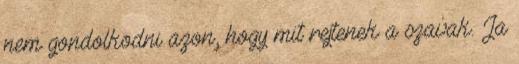
nem gondolkodni azon, hogy mit rejtenek a szavak. Ja